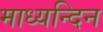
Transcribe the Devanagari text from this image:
माध्‍यन्‍दिन